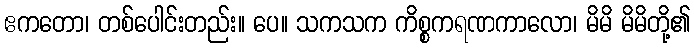
ဧကတော၊ တစ်ပေါင်းတည်း။ ပေ။ သကသက ကိစ္စကရဏကာလော၊ မိမိ မိမိတို့၏